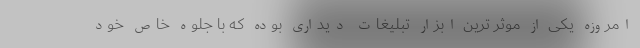
امروزه یکی از موثر ترین ابزار تبلیغات دیداری بوده که با جلوه خاص خود